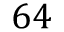
6 4